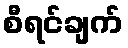
စီရင်ချက်